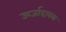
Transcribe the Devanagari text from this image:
ऊर्जादायक